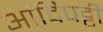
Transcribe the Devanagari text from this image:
आंदिपट्टी